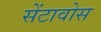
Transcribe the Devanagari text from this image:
सेंटावोस